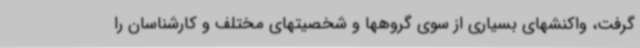
گرفت، واکنشهای بسیاری از سوی گروهها و شخصیتهای مختلف و کارشناسان را